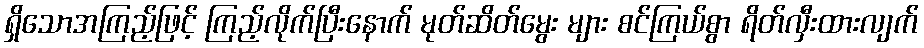
ရှိသောအကြည့်ဖြင့် ကြည့်လိုက်ပြီးနောက် မုတ်ဆိတ်မွေး များ စင်ကြယ်စွာ ရိတ်လှီးထားလျက်